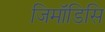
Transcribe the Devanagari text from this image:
जिमॉडिसि